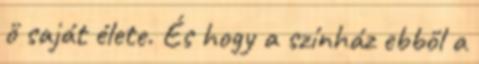
ő saját élete. És hogy a színház ebből a